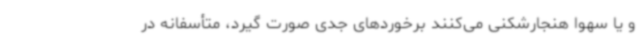
و یا سهواً هنجارشکنی می‌کنند برخوردهای جدی صورت گیرد، متأسفانه در